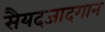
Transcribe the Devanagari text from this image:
सैयदजादगान